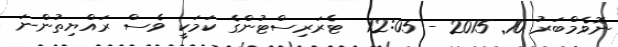
ނޮވެމްބަރު 10